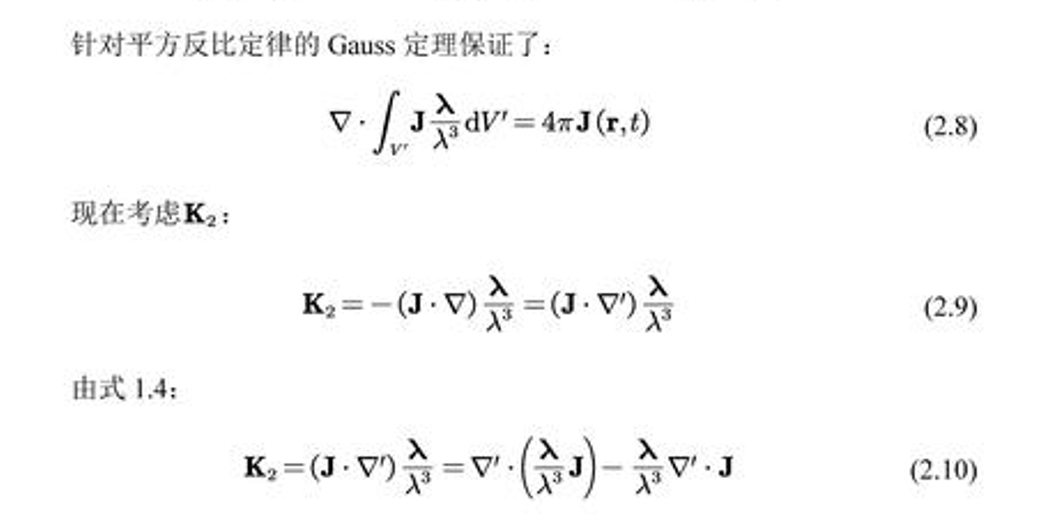
针对平方反比定律的 Gauss 定理保证了：
\[
\nabla\cdot\int_{V'} \mathbf{J}\frac{\boldsymbol{\lambda}}{\lambda^{3}}\mathrm{d}V' = 4\pi\mathbf{J}(\mathbf{r},t) \tag{2.8}
\]
现在考虑\(\mathbf{K}_{2}\)：
\[
\mathbf{K}_{2}=- (\mathbf{J}\cdot\nabla)\frac{\boldsymbol{\lambda}}{\lambda^{3}} = (\mathbf{J}\cdot\nabla')\frac{\boldsymbol{\lambda}}{\lambda^{3}} \tag{2.9}
\]
由式 1.4：
\[
\mathbf{K}_{2}=(\mathbf{J}\cdot\nabla')\frac{\boldsymbol{\lambda}}{\lambda^{3}}=\nabla'\cdot\left(\frac{\boldsymbol{\lambda}}{\lambda^{3}}\mathbf{J}\right)-\frac{\boldsymbol{\lambda}}{\lambda^{3}}\nabla'\cdot\mathbf{J} \tag{2.10}
\]